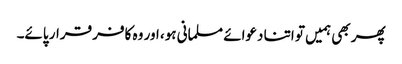
پھر بھی ہمیں تو اتنا دعوائے مسلمانی ہو، اور وہ کافر قرار پائے۔